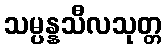
သမ္ပန္နသီလသုတ္တ